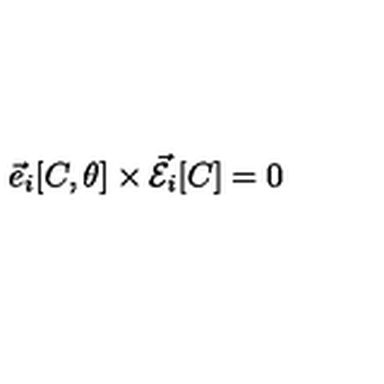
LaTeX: \vec { e } _ { i } [ C , \theta ] \times \vec { \cal E } _ { i } [ C ] = 0